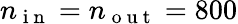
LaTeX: n_{\mathrm{~i~n~}}=n_{\mathrm{~o~u~t~}}=800